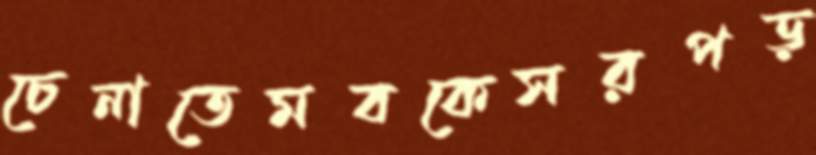
চেনাতেমবকেসরপড়